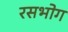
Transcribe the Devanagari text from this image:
रसभोग